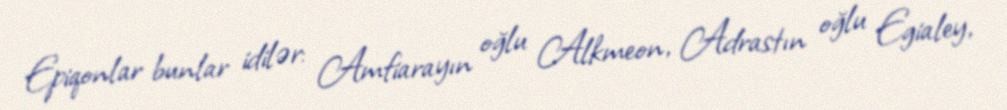
Epiqonlar bunlar idilər: Amfiarayın oğlu Alkmeon, Adrastın oğlu Egialey,